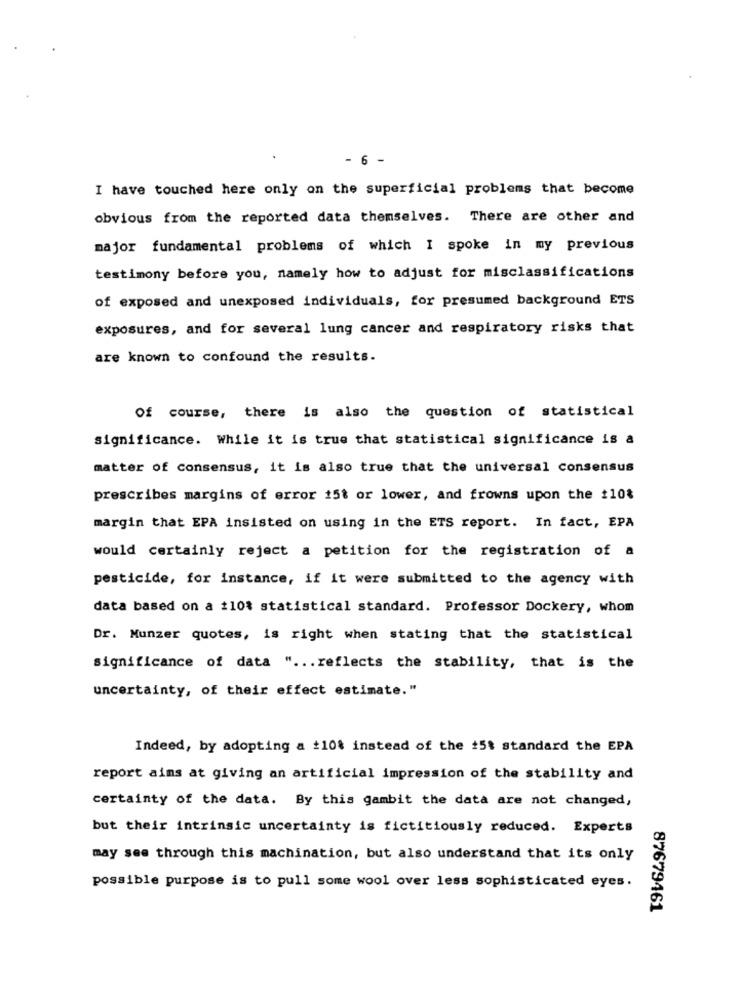
- 6 -
I have touched here only on the superficial problems that become
obvious from the reported data themselves. There are other and
major fundamental problems of which I spoke in my previous
testimony before you, namely how to adjust for misclassifications
of exposed and unexposed individuals, for presumed background ETS
exposures, and for several lung cancer and respiratory risks that
are known to confound the results.
Of course, there is also the question of statistical
significance. While it is true that statistical significance is a
matter of consensus, it is also true that the universal consensus
prescribes margins of error 15t or lower, and frowns upon the $10%
margin that EPA insisted on using in the ETS report. In fact, EPA
would certainly reject a petition for the registration of a
pesticide, for instance, if it were submitted to the agency with
data based on a 110% statistical standard. Professor Dockery, whom
Dr. Munzer quotes, is right when stating that the statistical
significance of data " ... reflects the stability, that is the
uncertainty, of their effect estimate."
Indeed, by adopting a +10% instead of the #5$ standard the EPA
report aims at giving an artificial impression of the stability and
certainty of the data. By this gambit the data are not changed,
but their intrinsic uncertainty is fictitiously reduced. Experts
may see through this machination, but also understand that its only
possible purpose is to pull some wool over less sophisticated eyes.
87679461